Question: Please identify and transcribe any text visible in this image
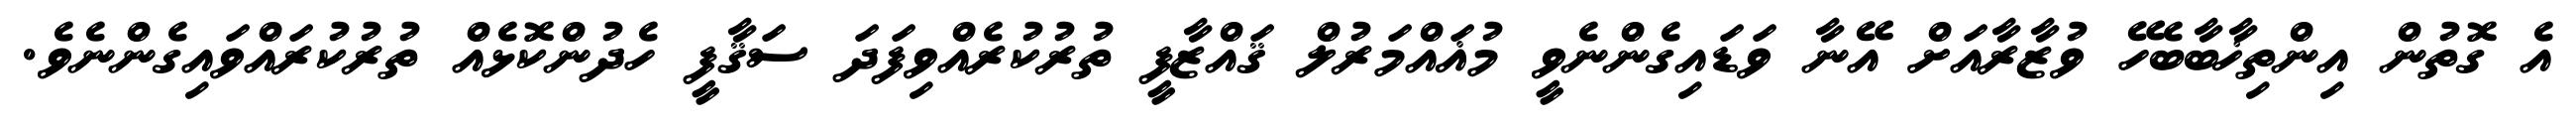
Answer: އެ ގޮތުން އިންތިޚާބާބެހޭ ވުޒާރާއަށް އޭނާ ވަޑައިގެންނެވީ މުޣައްމަރުލް ޤައްޒާފީ ތުރުކުރެއްވިފަދަ ސަޤާފީ ހެދުންކޮޅެއް ތުރުކުރައްވައިގެންނެވެ.